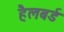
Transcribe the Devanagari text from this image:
हैलबर्ड